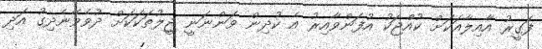
ފަގީރު އާއިލާއަކަށް ކުއްޖަކު އުފަންވާއިރު އެ ކުދިން ވަންނަނީ ޖީލުތަކަކަށް ދުވެވޭނެދިގު އަދި